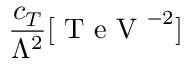
\frac { c _ { T } } { \Lambda ^ { 2 } } [ \mathrm { ~ T ~ e ~ V ~ } ^ { - 2 } ]